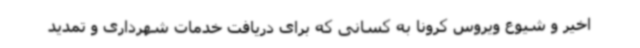
اخیر و شیوع ویروس کرونا به کسانی که برای دریافت خدمات شهرداری و تمدید